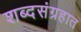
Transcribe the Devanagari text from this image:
शब्दसंग्रहात